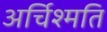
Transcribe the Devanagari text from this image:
अर्चिश्मति